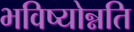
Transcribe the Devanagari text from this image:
भविष्योन्नति